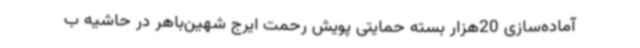
آماده‌سازی 20هزار بسته حمایتی پویش رحمت ایرج شهین‌باهر در حاشیه ب